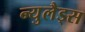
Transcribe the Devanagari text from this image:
न्युलैड्स